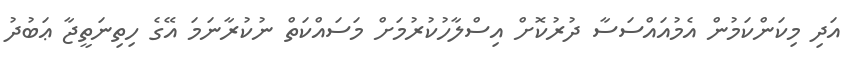
އަދި މިކަންކަމުން އެމުއައްސަސާ ދުރުކޮށް އިސްލާހުކުރުމަށް މަސައްކަތް ނުކުރާނަމަ އޭގެ ހިތިނަތީޖާ ޢަބުދު